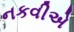
નકવીએ